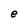
Character: e